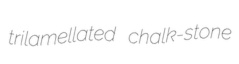
trilamellated chalk-stone